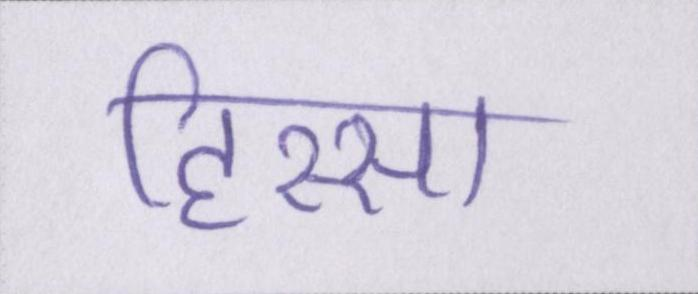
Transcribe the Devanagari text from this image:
हिस्सा